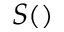
S ( )